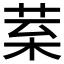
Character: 𦰧